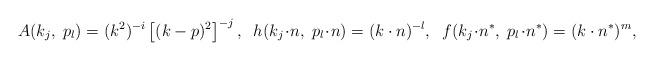
LaTeX: \begin{align*} A(k_j,\;p_l) =(k^2)^{-i}\left[(k-p)^2\right]^{-j}, \;\; h(k_j\!\cdot\!n,\;p_l\!\cdot\!n) =(k\cdot n)^{-l},\;\; f(k_j\!\cdot\!n^*,\;p_l\!\cdot\!n^*) = (k\cdot n^*)^m,\end{align*}